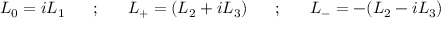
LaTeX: L _ { 0 } = i L _ { 1 } ~ ~ ~ ~ ~ ; ~ ~ ~ ~ ~ L _ { + } = ( L _ { 2 } + i L _ { 3 } ) ~ ~ ~ ~ ~ ; ~ ~ ~ ~ ~ L _ { - } = - ( L _ { 2 } - i L _ { 3 } )